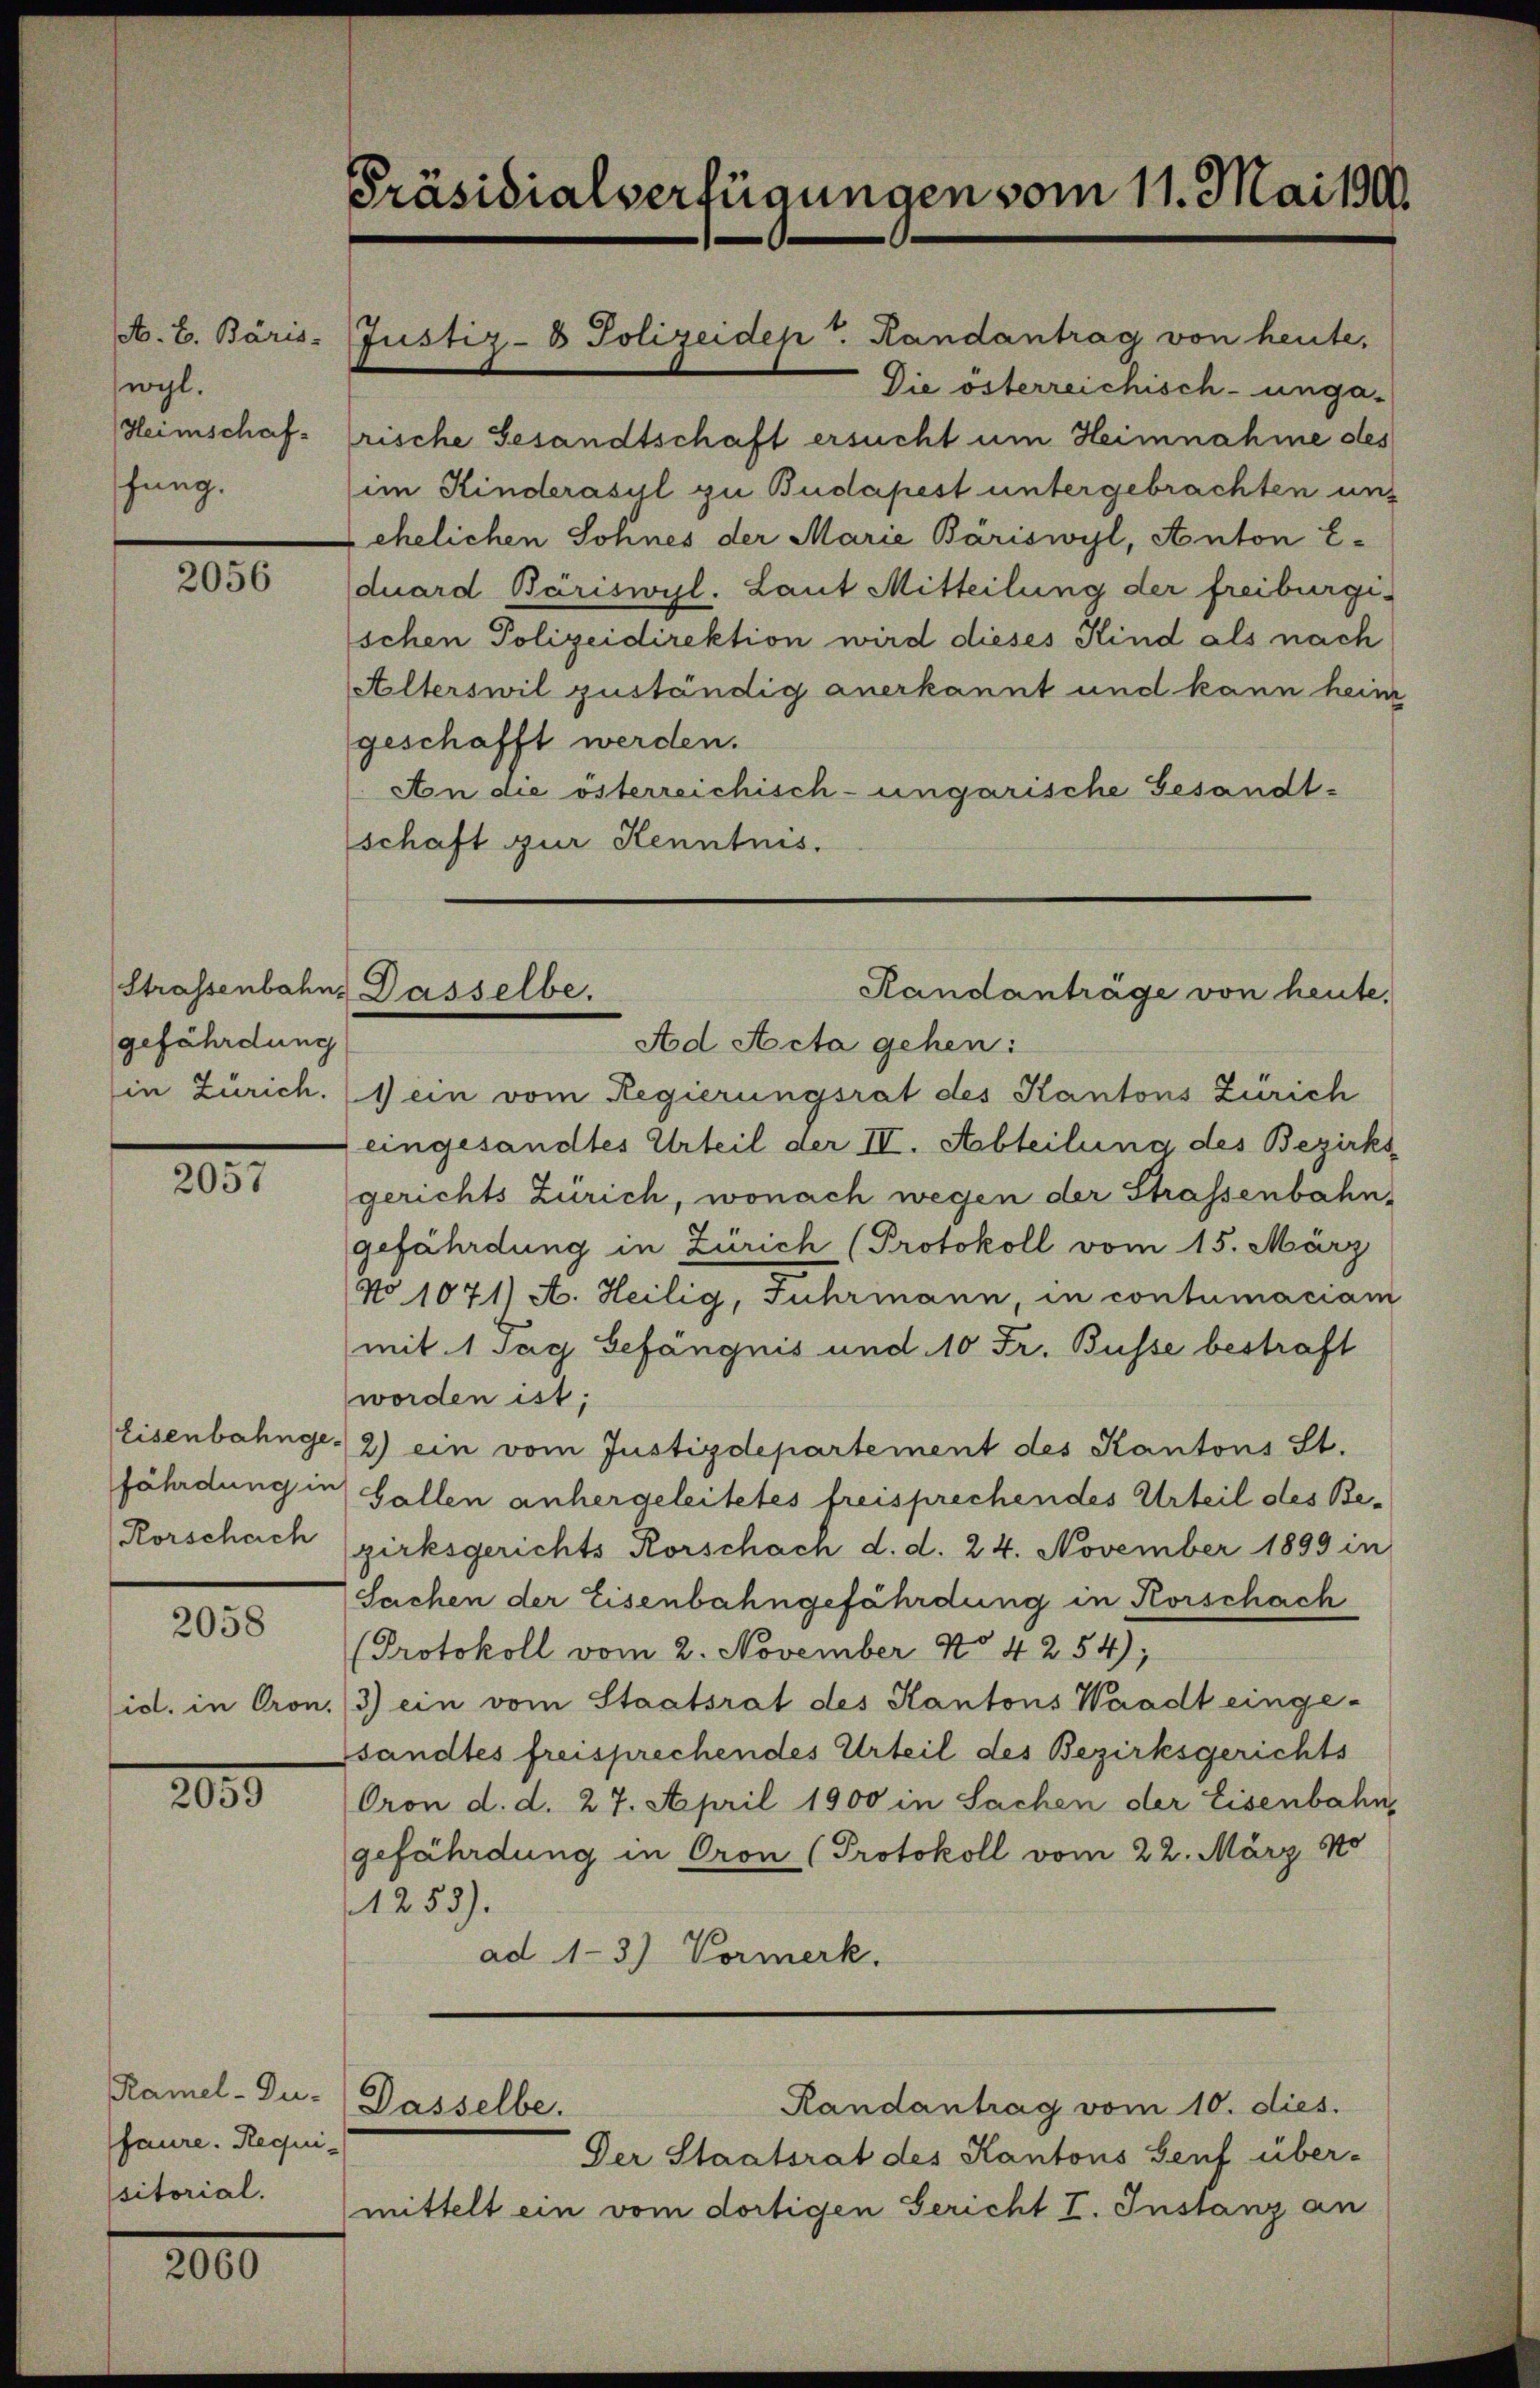
A. E. Bäris
wyl.
Heimschafhung.

2056

Strassenbahn,
gefährdung

2057

fährdung in
Rorschach

2058

id. in Oron.

2000

faure. Requisitorial.

2060

Präsidialverfügungen vom 11. Mai 190.

schen Polizeidirektion wird dieses Kind als nach
Alterswil zuständig anerkannt und kann heim
geschafft werden.
An die österreichisch-ungarische Gesandt-
schaft zur Kenntnis.

Justiz- & Polizeidept. Randantrag von heute,

Randanträge von heute,
Dasselbe.

Ramel-Du- Dasselbe.

Die österreichisch-unga-
rische Gesandtschaft ersucht um Heimnahme des
im Kinderasyl zu Budapest untergebrachten uns
ehelichen Sohnes der Marie Bäriswyl, Anton Eduard Bäriswyl. Laut Mitteilung der freiburgi¬

Ad Acta gehen:
in Zürich. 1) ein vom Regierungsrat des Kantons Zürich
eingesandtes Urteil der II. Abteilung des Bezirks
gerichts Zürich, wonach wegen der Strassenbahn,
gefährdung in Zürich (Protokoll vom 15. März
No 1071/ A. Heilig, Fuhrmann, in contumaciam
mit 1 Tag Gefängnis und 10 Fr. Busse bestraft
worden ist;
Eisenbahnge. 2) ein vom Justizdepartement des Kantons St.
Gallen anhergeleitetes freisprechendes Urteil des Bezirksgerichts Rorschach d. d. 24. November 1899 in
Sachen der Eisenbahngefährdung in Korschach
Protokoll vom 2. November No 4254);
/3) ein vom Staatsrat des Kantons Waadt einge-
sandtes freisprechendes Urteil des Bezirksgerichts
Oron d. d. 27. April 1900 in Sachen der Eisenbahn
gefährdung in Oron (Protokoll vom 22. März 180
1253).
ad 1-3.) Vormerk.

Randantrag vom 10. dies.
Der Staatsrat des Kantons Genf über-

mittelt ein vom dortigen Gericht I. Instanz an